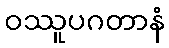
ဝဿူပဂတာနံ